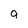
Character: q